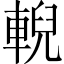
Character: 輗